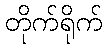
တိုက်ရိုက်